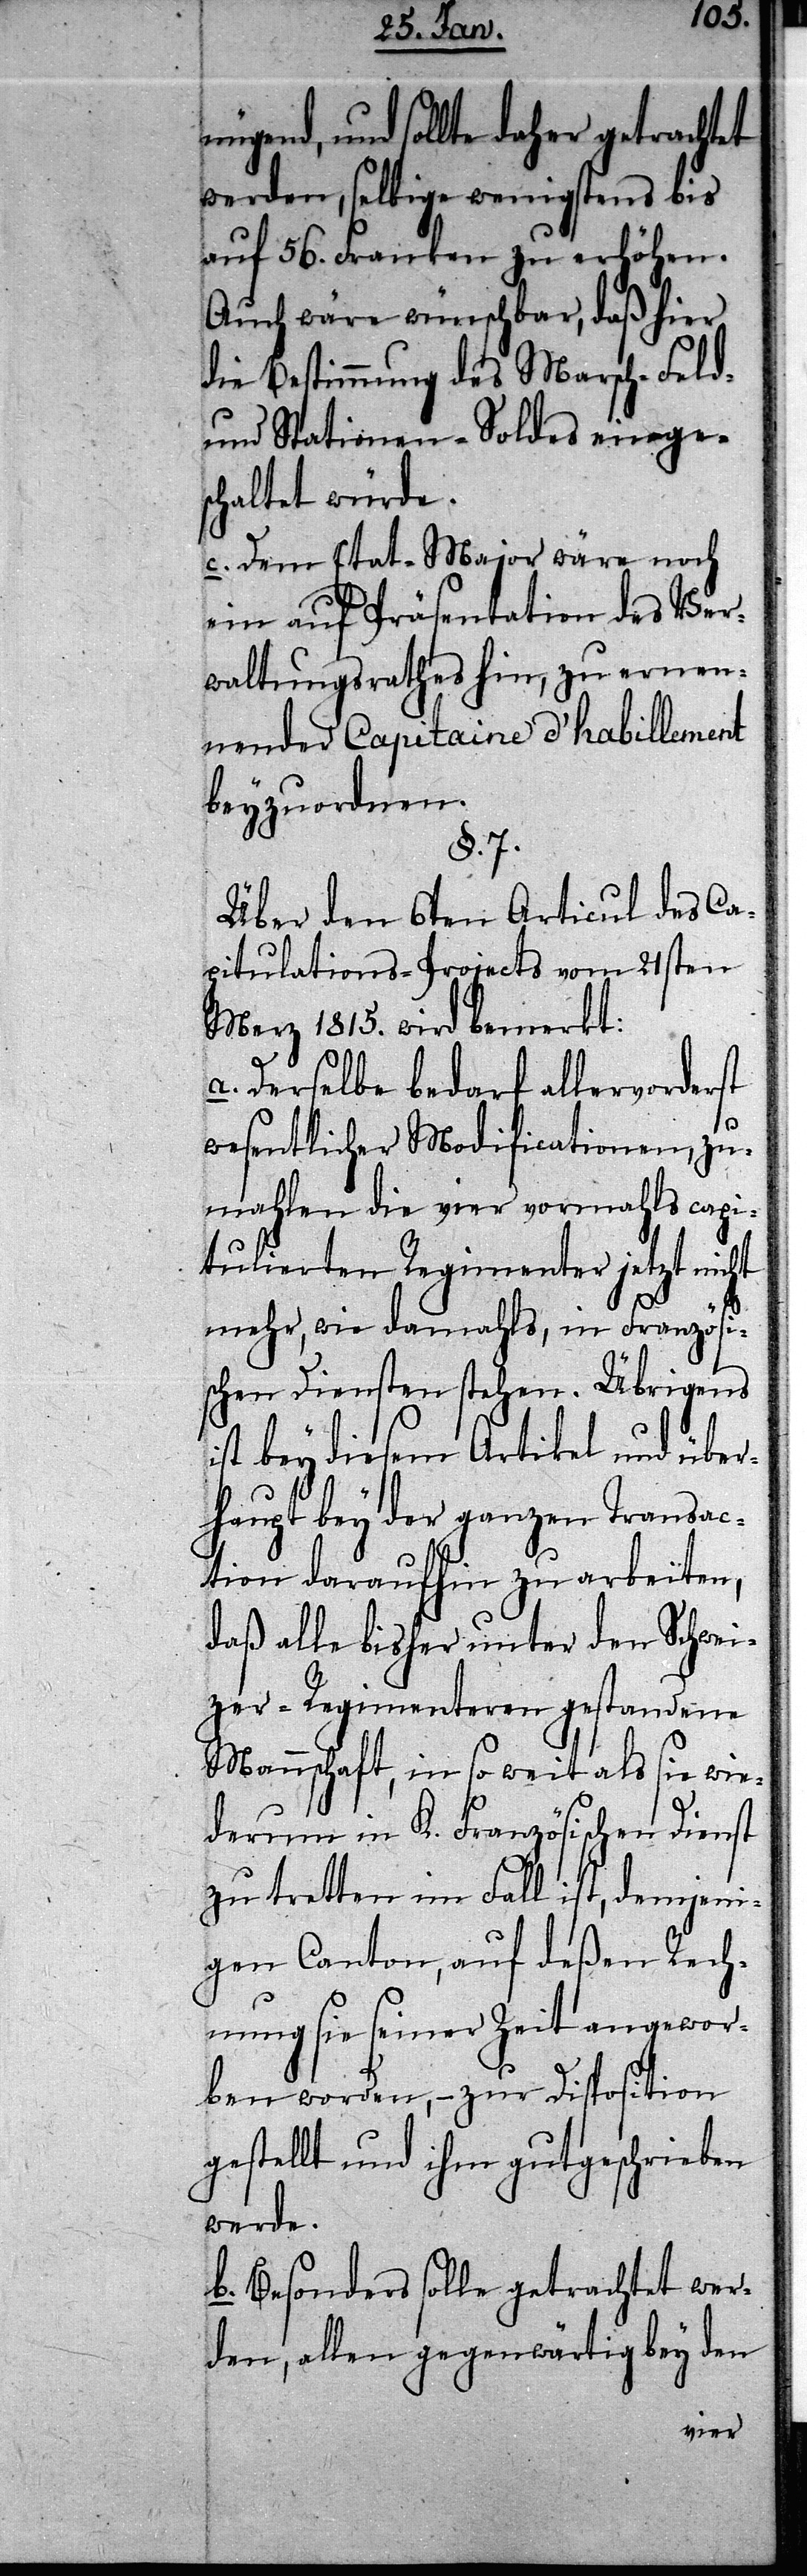
und sollte daher getrachtet
werden, selbige wenigstens bis
auf 56. Franken zu erhöhen.
Auch wäre wünschbar, daß hier
die Bestimmung des Marsch- Feld-
und Stationen-Soldes einge¬
schaltet würde.
c. Dem Etat-Major wäre noch
ein auf Präsentation des Ver¬
waltungsrathes hin, zu ernen¬
nender Capitaine d’ habillement
beyzuordnen.
§. 7.
Über den 6ten Articul des Ca¬
pitulations-Projects vom 21sten
Merz 1815. wird bemerkt:
a. Derselbe bedarf allervorderst
wesentlicher Modificationen, zu
mahlen die vier vormahls capi¬
tulierten Regimenter jetzt nicht
mehr, wie damahls, in Französi¬
schen Diensten stehen. Übrigens
ist bey diesem Artikel und über¬
haupt bey der ganzen Transac¬
tion daraufhin zu arbeiten,
daß alle bisher unter den Schwei¬
zer-Regimenteren gestandene
Mannschaft, in so weit als sie wie¬
derum in K. Französischen Dienst
zu tretten im Fall ist, demjeni¬
gen Canton, auf deßen Rech¬
nung sie seiner Zeit angewor¬
ben worden, – zur Disposition
gestellt und ihm gutgeschrieben
werde.
b. Besonders solle getrachtet wer¬
den, allen gegenwärtig bey den